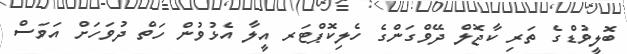
ބޮލީވުޑްގެ ތަރި ކާޖޮލް ދޭވްގަންގެ ހެލިކޮޕްޓަރ އީލާ އެޅުވުން ހަތް ދުވަހަށް އަވަސް